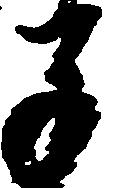
子